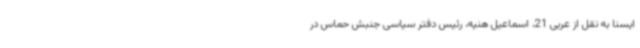
ایسنا به نقل از عربی 21، اسماعیل هنیه، رئیس دفتر سیاسی جنبش حماس در